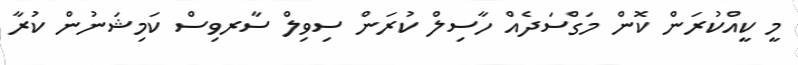
މީ ކީއްކުރަން ކޮން މަގްސަދެއް ހާސިލް ކުރަން ސިވިލް ސާރވިސް ކަމިޝަނުން ކުރާ